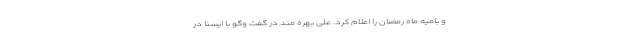
و بامیه ماه رمضان را اعلام کرد. علی بهره مند در گفت وگو با ایسنا در